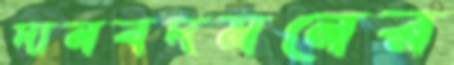
দানবদমনের